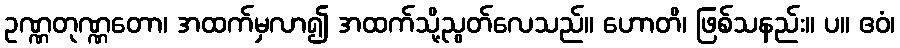
ဥဏ္ဏတုဏ္ဏတော၊ အထက်မှလာ၍ အထက်သို့ညွတ်လေသည်။ ဟောတိ၊ ဖြစ်သနည်း။ ပ။ ဧဝံ၊